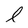
Character: l